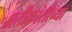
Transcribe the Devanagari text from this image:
प्रतीक्रांतीच्या